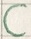
Text: C